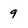
Character: 9